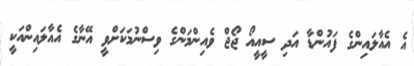
އެ އެއާލައިންގެ ފައުންޑާ އަދި ސީއީއޯ ޖޯޖް ވެއިންމަންގެ ވިސްނުމަކަށްވީ އޭނާގެ އެއާލައިންއަކީ